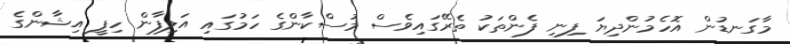
މާގަނޑުން އޮހެމުންދިޔަ ފިނި ފެންތަކު ތެރޭގައިވެސް މުސްކާންގެ ހަމުގައި އަލިފާން ހިފީ އިޝާންގެ